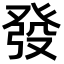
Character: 發